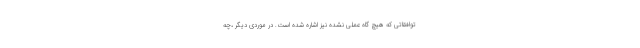
توافقاتی که هیچ گاه عملی نشده نیز اشاره شده است. در موردی دیگر ،چه